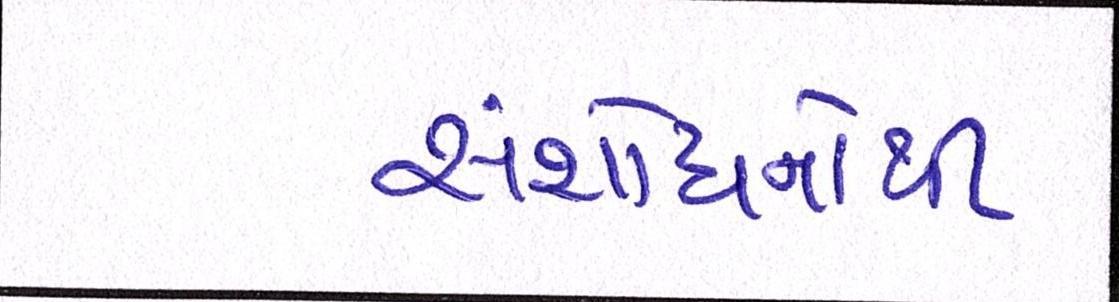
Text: સંશોધનોથી